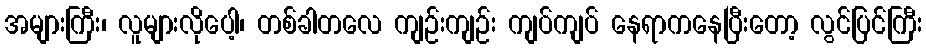
အများကြီး၊ လူများလိုပေါ့၊ တစ်ခါတလေ ကျဉ်းကျဉ်း ကျပ်ကျပ် နေရာကနေပြီးတော့ လွင်ပြင်ကြီး